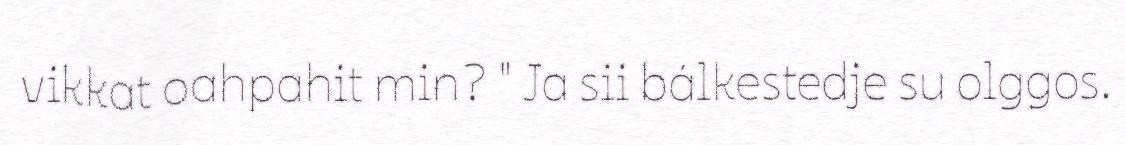
vikkat oahpahit min? " Ja sii bálkestedje su olggos.